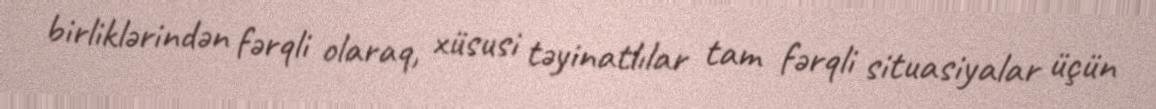
birliklərindən fərqli olaraq, xüsusi təyinatlılar tam fərqli situasiyalar üçün